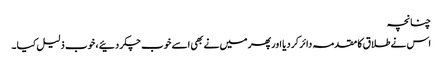
چنانچہ
اس نے طلا ق کا مقدمہ دائر کر دیا اور پھر میں نے بھی اسے خوب چکر دئیے ، خوب ذلیل کیا ۔